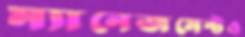
ম্যানেজমেন্টও